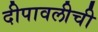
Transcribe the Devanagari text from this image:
दीपावलीची